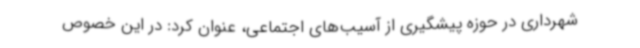
شهرداری در حوزه پیشگیری از آسیب‌های اجتماعی، عنوان کرد: در این خصوص